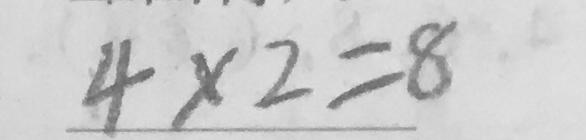
4 \times 2 = 8